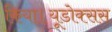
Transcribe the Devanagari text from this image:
किया।यूडोक्‍सस